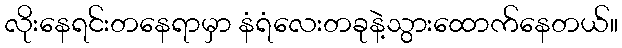
လိုးနေရင်းတနေရာမှာ နံရံလေးတခုနဲ့သွားထောက်နေတယ်။